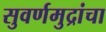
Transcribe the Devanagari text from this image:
सुवर्णमुद्रांचा